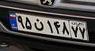
۹۵ن۱۴۸۷۷